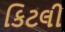
કિટલી